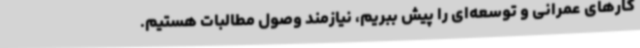
کارهای عمرانی و توسعه‌ای را پیش ببریم، نیازمند وصول مطالبات هستیم.